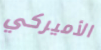
الأميركي